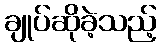
ချုပ်ဆိုခဲ့သည့်